Indian Medical Review
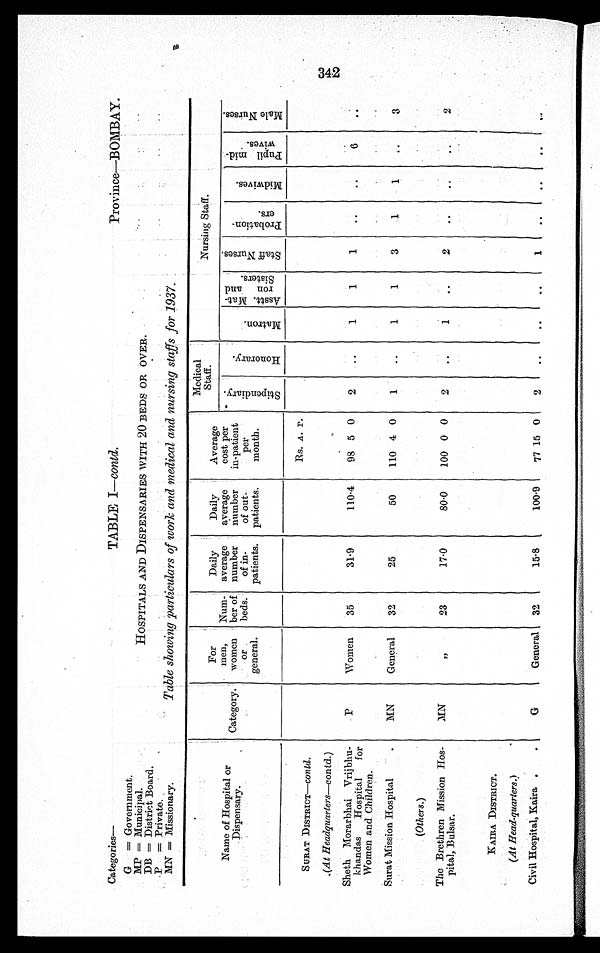
Categories—
TABLE I—contd.
Province—BOMBAY.
G = Government.
HOSPITALS AND DISPENSARIES WITH 20 BEDS OR OVER.
MP = Municipal.
DB = District Board.
P = Private.
Table showing particulars of work and medical and nursing staffs for 1937.
.
MN = Missionary.
Name of Hospital or
Dispensary.
Category.
For
men,
women
o r
general.
Nuin-
ber of
beds.
Daily
average
number
of in-
patients.
Daily
average
number
of out-
patients.
Average
cost per
in-patient
per
month.
Medical
St af f .
Nursing Staff.
S t i p e n d i a r y .
H o n o r a r y .
M a t r o n .
A s s t t M a t r o n a n d S i s t e r .
S t a f f N u r s e s .
P r o b a t i o n e r s
M i d w i v e s .
P u p i m i d - w i v e s .
M a l e N u r s e s .
Rs. A. P.
SURAT DISTRICT—Contd.
(At Headquarters—contd.)
Sheth Morarbhai Vrijbhu-
khandas Hospital for
Women and Children.
P Women
35
31·9
110·4
98 5 0
2
..
1
1
1
..
. .
6
. .
Surat Mission Hospital
MN
General
32
25
50
110 4 0
1
. .
1
1
3
1
1
. .
3
(Others.)
The Brethren Mission Hos-
pital, Bulsar.
M
, ,
23
17·0
80·0
100 0 0
2
..
1
. .
2
..
. .
. .
2
KAIRA DISTRICT.
(At Head-quarters.)
Civil Hospital, Kaira.
G
General
32
15·8
100·9
77 15 0
2
. .
. .
. .
1
..
. .
..
. .
342